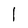
Character: 1